Indian journal of veterinary science and animal husbandry - Volume 11,
Year: 1941
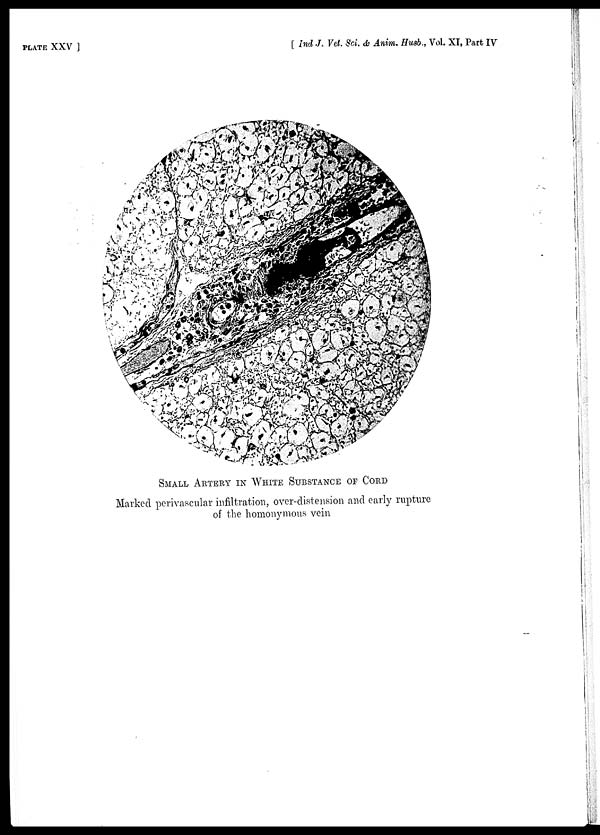
PLATE XXV ]
[ Ind J. Vet. Sci. & Anim. Husb., Vol. XI, Part IV
SMALL ARTERY IN WHITE SUBSTANCE OF CORD
Marked perivascular infiltration, over-distension and early rupture
of the homonymous vein